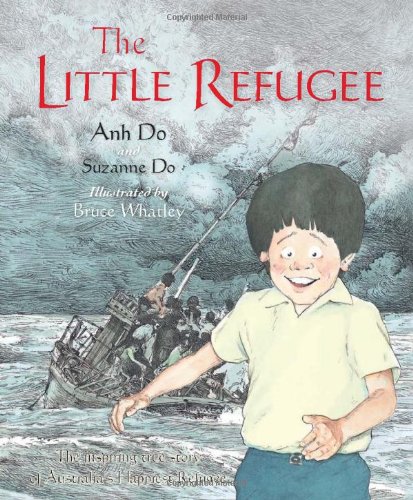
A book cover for Little Refugee; Anh Do; Children's Books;